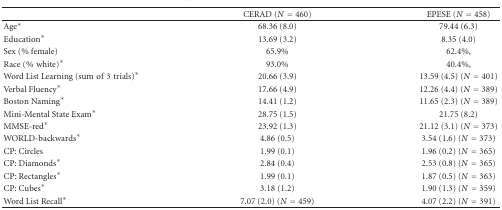
|  | CERAD (N = 460) | EPESE (N = 458) |
 | --- | --- | --- |
 | Age* | 68.36 (8.0) | 79.44 (6.3) |
 | Education* | 13.69 (3.2) | 8.35 (4.0) |
 | Sex (% female) | 65.9% | 62.4%, |
 | Race (%white)* | 93.0% | 40.4%, |
 | Word List Learning (sumof3trials)* | 20.66 (3.9) | 13.59 (4.5) (N = 401) |
 | Verbal Fluency* | 17.66 (4.9) | 12.26 (4.4) (N = 389) |
 | Boston Naming* | 14.41 (1.2) | 11.65 (2.3) (N = 389) |
 | Mini-Mental State Exam* | 28.75 (1.5) | 21.75 (8.2) |
 | MMSE-red* | 23.92 (1.3) | 21.12 (3.1) (N = 373) |
 | WORLD-backwards* | 4.86 (0.5) | 3.54 (1.6) (N = 373) |
 | CP: Circles | 1.99 (0.1) | 1.96 (0.2) (N = 365) |
 | CP: Diamonds* | 2.84 (0.4) | 2.53 (0.8) (N = 365) |
 | CP: Rectangles* | 1.99 (0.1) | 1.87 (0.5) (N = 363) |
 | CP: Cubes* | 3.18 (1.2) | 1.90 (1.3) (N = 359) |
 | Word List Recall* | 7.07 (2.0) (N = 459) | 4.07 (2.2) (N = 391) |